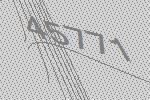
45771